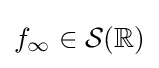
f_{\infty }\in {\mathcal {S}}(\mathbb {R} )